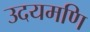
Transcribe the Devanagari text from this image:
उदयमणि